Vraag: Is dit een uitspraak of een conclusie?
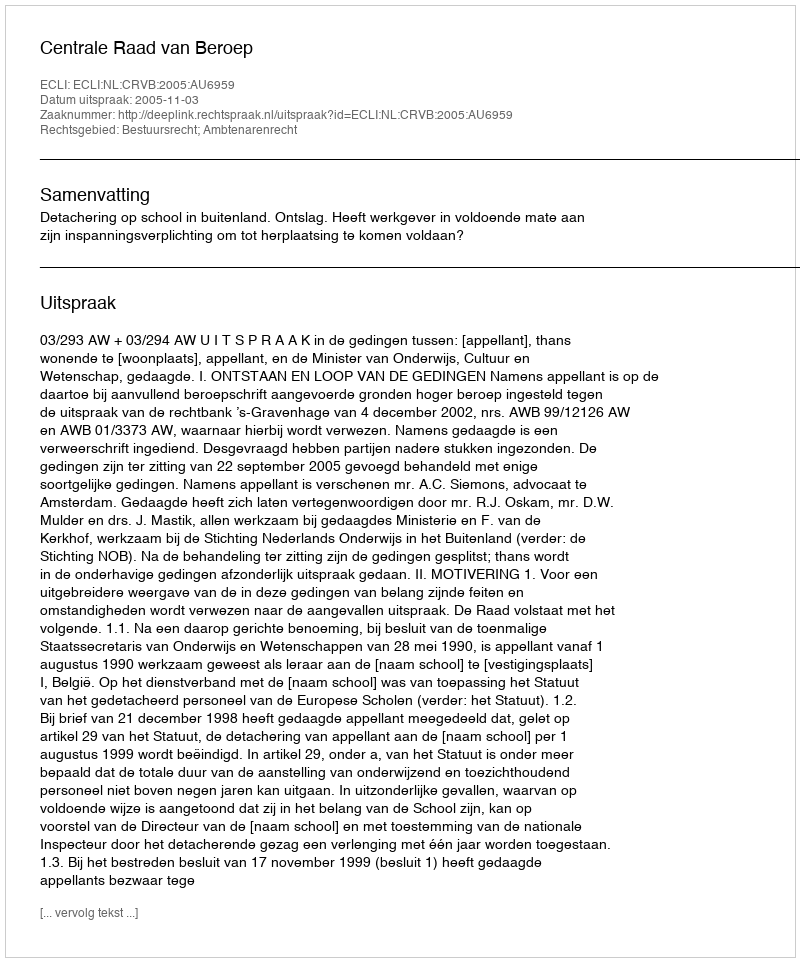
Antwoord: Uitspraak